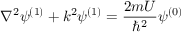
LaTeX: \nabla ^ { 2 } \psi ^ { ( 1 ) } + k ^ { 2 } \psi ^ { ( 1 ) } = { \frac { 2 m U } { \hbar ^ { 2 } } } \psi ^ { ( 0 ) }